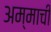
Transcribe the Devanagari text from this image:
अम्माची